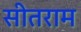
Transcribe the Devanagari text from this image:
सीतराम